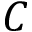
C